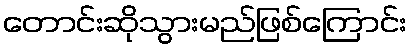
တောင်းဆိုသွားမည်ဖြစ်ကြောင်း